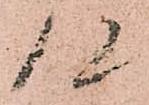
候